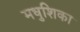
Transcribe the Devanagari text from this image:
मधुशिका